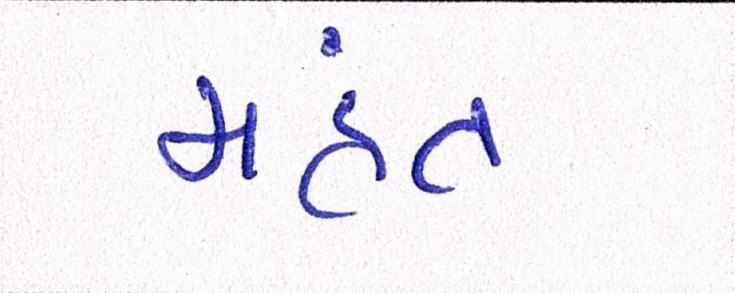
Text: મહંત